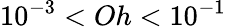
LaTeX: {10^{-3}<Oh<10^{-1}}